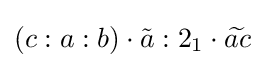
\left(c:a:b\right)\cdot {\tilde {a}}:2_{1}\cdot {\widetilde {ac}}